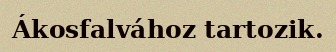
Ákosfalvához tartozik.